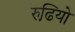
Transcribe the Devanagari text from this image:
रुढि़यो